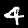
Digit: 4